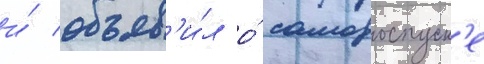
и́ объяв'и́л о́ самороспуск'е